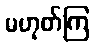
မဟုတ်ကြ